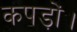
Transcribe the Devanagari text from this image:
कपड़ों।